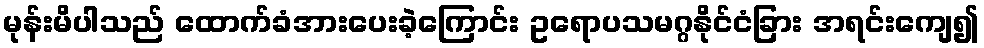
မုန်းမိပါသည် ထောက်ခံအားပေးခဲ့ကြောင်း ဥရောပသမဂ္ဂနိုင်ငံခြား အရင်းကျေ၍